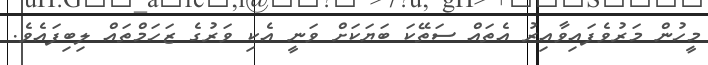
މީހުން މަރުވެފައިވާއިރު އެތައް ސަތޭކަ ބަޔަކަށް ވަނީ އެކި ވަރުގެ ޒަހަމްތައް ލިބިފައެވެ.